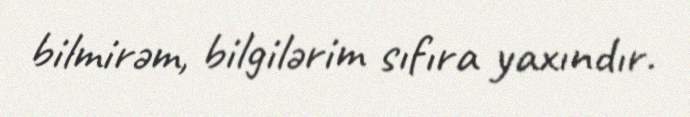
bilmirəm, bilgilərim sıfıra yaxındır.